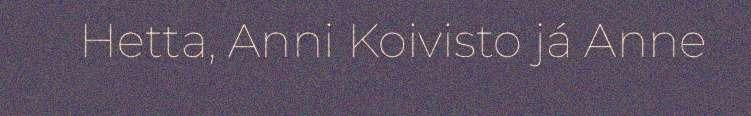
Hetta, Anni Koivisto já Anne